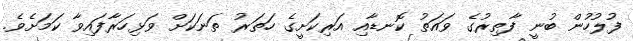
ފުލުހުން ބުނީ ފާތިރުގެ ވައަތު ކޮނޑާއި އަރިކަށީގެ ހަތަރު ތަނަކަށް ވަޅިހަރާފައިވާ ކަމަށެވެ.